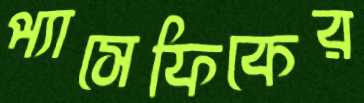
প্যাসেফিকের